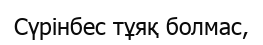
Сүрінбес тұяқ болмас,